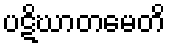
ပဋိဃာတမေတိ